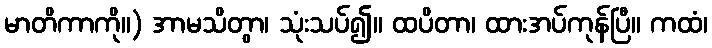
မာတိကာကို။) အာမသိတွာ၊ သုံးသပ်၍။ ထပိတာ၊ ထားအပ်ကုန်ပြီ။ ကထံ၊